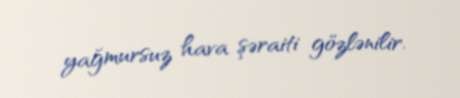
yağmursuz hava şəraiti gözlənilir.